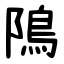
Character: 隝